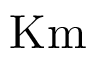
\mathrm { K m }